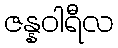
ဇန္နဝါရီလ